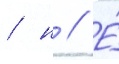
/ н // Е́